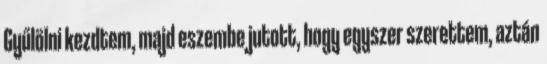
Gyűlölni kezdtem, majd eszembe jutott, hogy egyszer szerettem, aztán